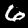
Digit: 6